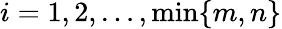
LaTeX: i=1,2,\ldots,\operatorname*{min}\{ m,n\}